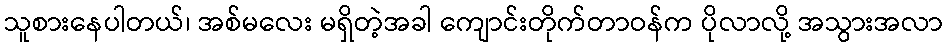
သူစားနေပါတယ်၊ အစ်မလေး မရှိတဲ့အခါ ကျောင်းတိုက်တာဝန်က ပိုလာလို့ အသွားအလာ